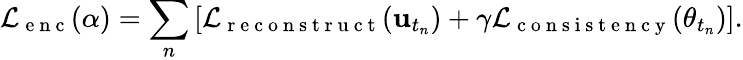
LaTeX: \mathcal{L}_{\mathrm{~e~n~c~}}(\alpha)=\sum_{n}\left[\mathcal{L}_{\mathrm{~r~e~c~o~n~s~t~r~u~c~t~}}(\mathbf{u}_{t_{n}})+\gamma\mathcal{L}_{\mathrm{~c~o~n~s~i~s~t~e~n~c~y~}}(\theta_{t_{n}})\right].